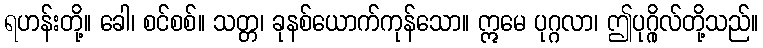
ရဟန်းတို့။ ခေါ၊ စင်စစ်။ သတ္တ၊ ခုနစ်ယောက်ကုန်သော။ ဣမေ ပုဂ္ဂလာ၊ ဤပုဂ္ဂိုလ်တို့သည်။